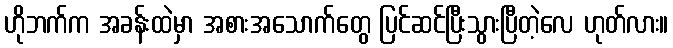
ဟိုဘက်က အခန်းထဲမှာ အစားအသောက်တွေ ပြင်ဆင်ပြီးသွားပြီတဲ့လေ ဟုတ်လား။